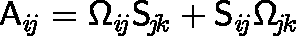
\mathsf { A } _ { i \! j } = \mathsf { \Omega } _ { i \! j } \mathsf { S } _ { \! j \! k } + \mathsf { S } _ { i \! j } \mathsf { \Omega } _ { \! j \! k }